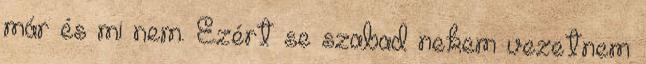
már és mi nem. Ezért se szabad nekem vezetnem